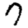
Digit: 7